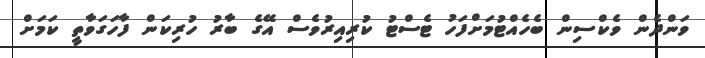
ވަންދެން ވެކްސިން ބެހެއްޓުމަށްފަހު ޓެސްޓު ކުރިއިރުވެސް އޭގެ ބާރު ހުރިކަން ފާހަގަވާތީ ކަމަށް